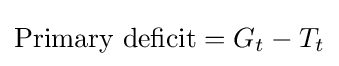
{\text{Primary deficit}}=G_{t}-T_{t}